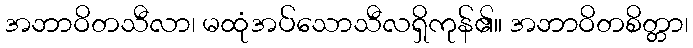
အဘာဝိတသီလာ၊ မထုံအပ်သောသီလရှိကုန်၏။ အဘာဝိတစိတ္တာ၊